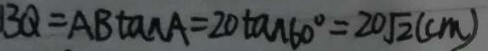
B Q = A B \tan A = 2 0 \tan 6 0 ^ { \circ } = 2 0 \sqrt { 2 } ( c m )